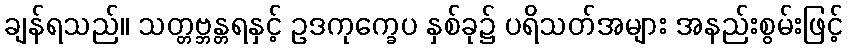
ချန်ရသည်။ သတ္တဗ္ဘန္တရနှင့် ဥဒကုက္ခေပ နှစ်ခု၌ ပရိသတ်အများ အနည်းစွမ်းဖြင့်